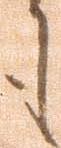
も